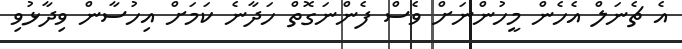
އެ ޗެނަލް އެހެން މީހުންނަށް ވެސް ފެންނަގޮތް ހަދާނެ ކަމަށް އިހުސާން ވިދާޅުވި